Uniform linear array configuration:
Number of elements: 4
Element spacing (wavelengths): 0.25
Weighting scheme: cosine
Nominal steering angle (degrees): -60
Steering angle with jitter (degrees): -61.479
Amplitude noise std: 0.05
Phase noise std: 0.05

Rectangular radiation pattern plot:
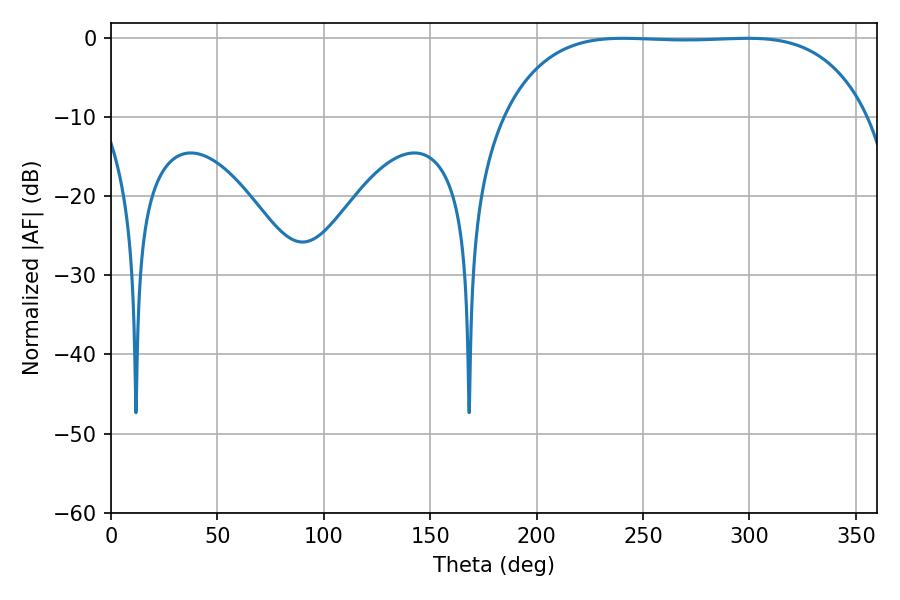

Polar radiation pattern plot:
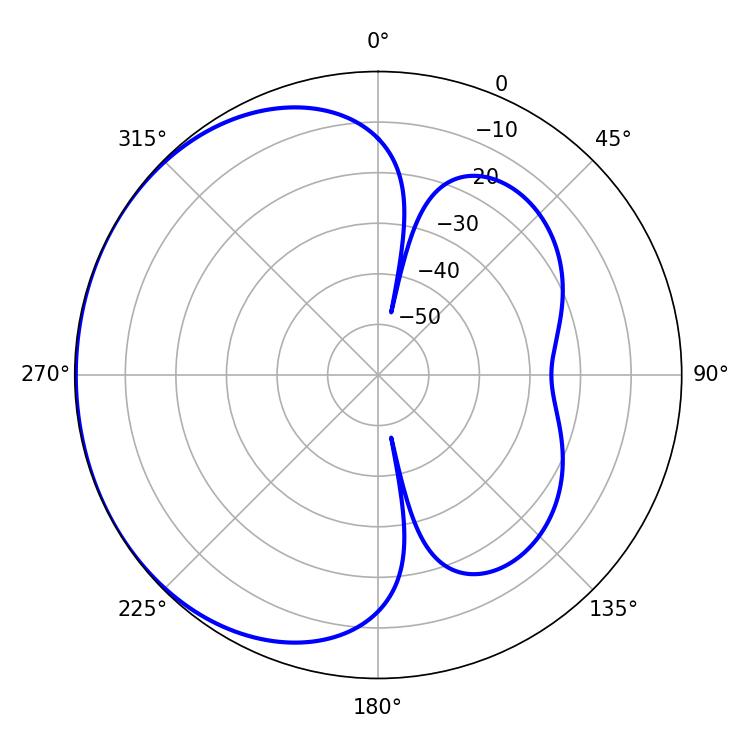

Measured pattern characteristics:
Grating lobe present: FALSE
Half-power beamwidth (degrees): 132.84
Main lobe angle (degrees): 240.66